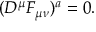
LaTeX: ( D ^ { \mu } F _ { \mu \nu } ) ^ { a } = 0 .